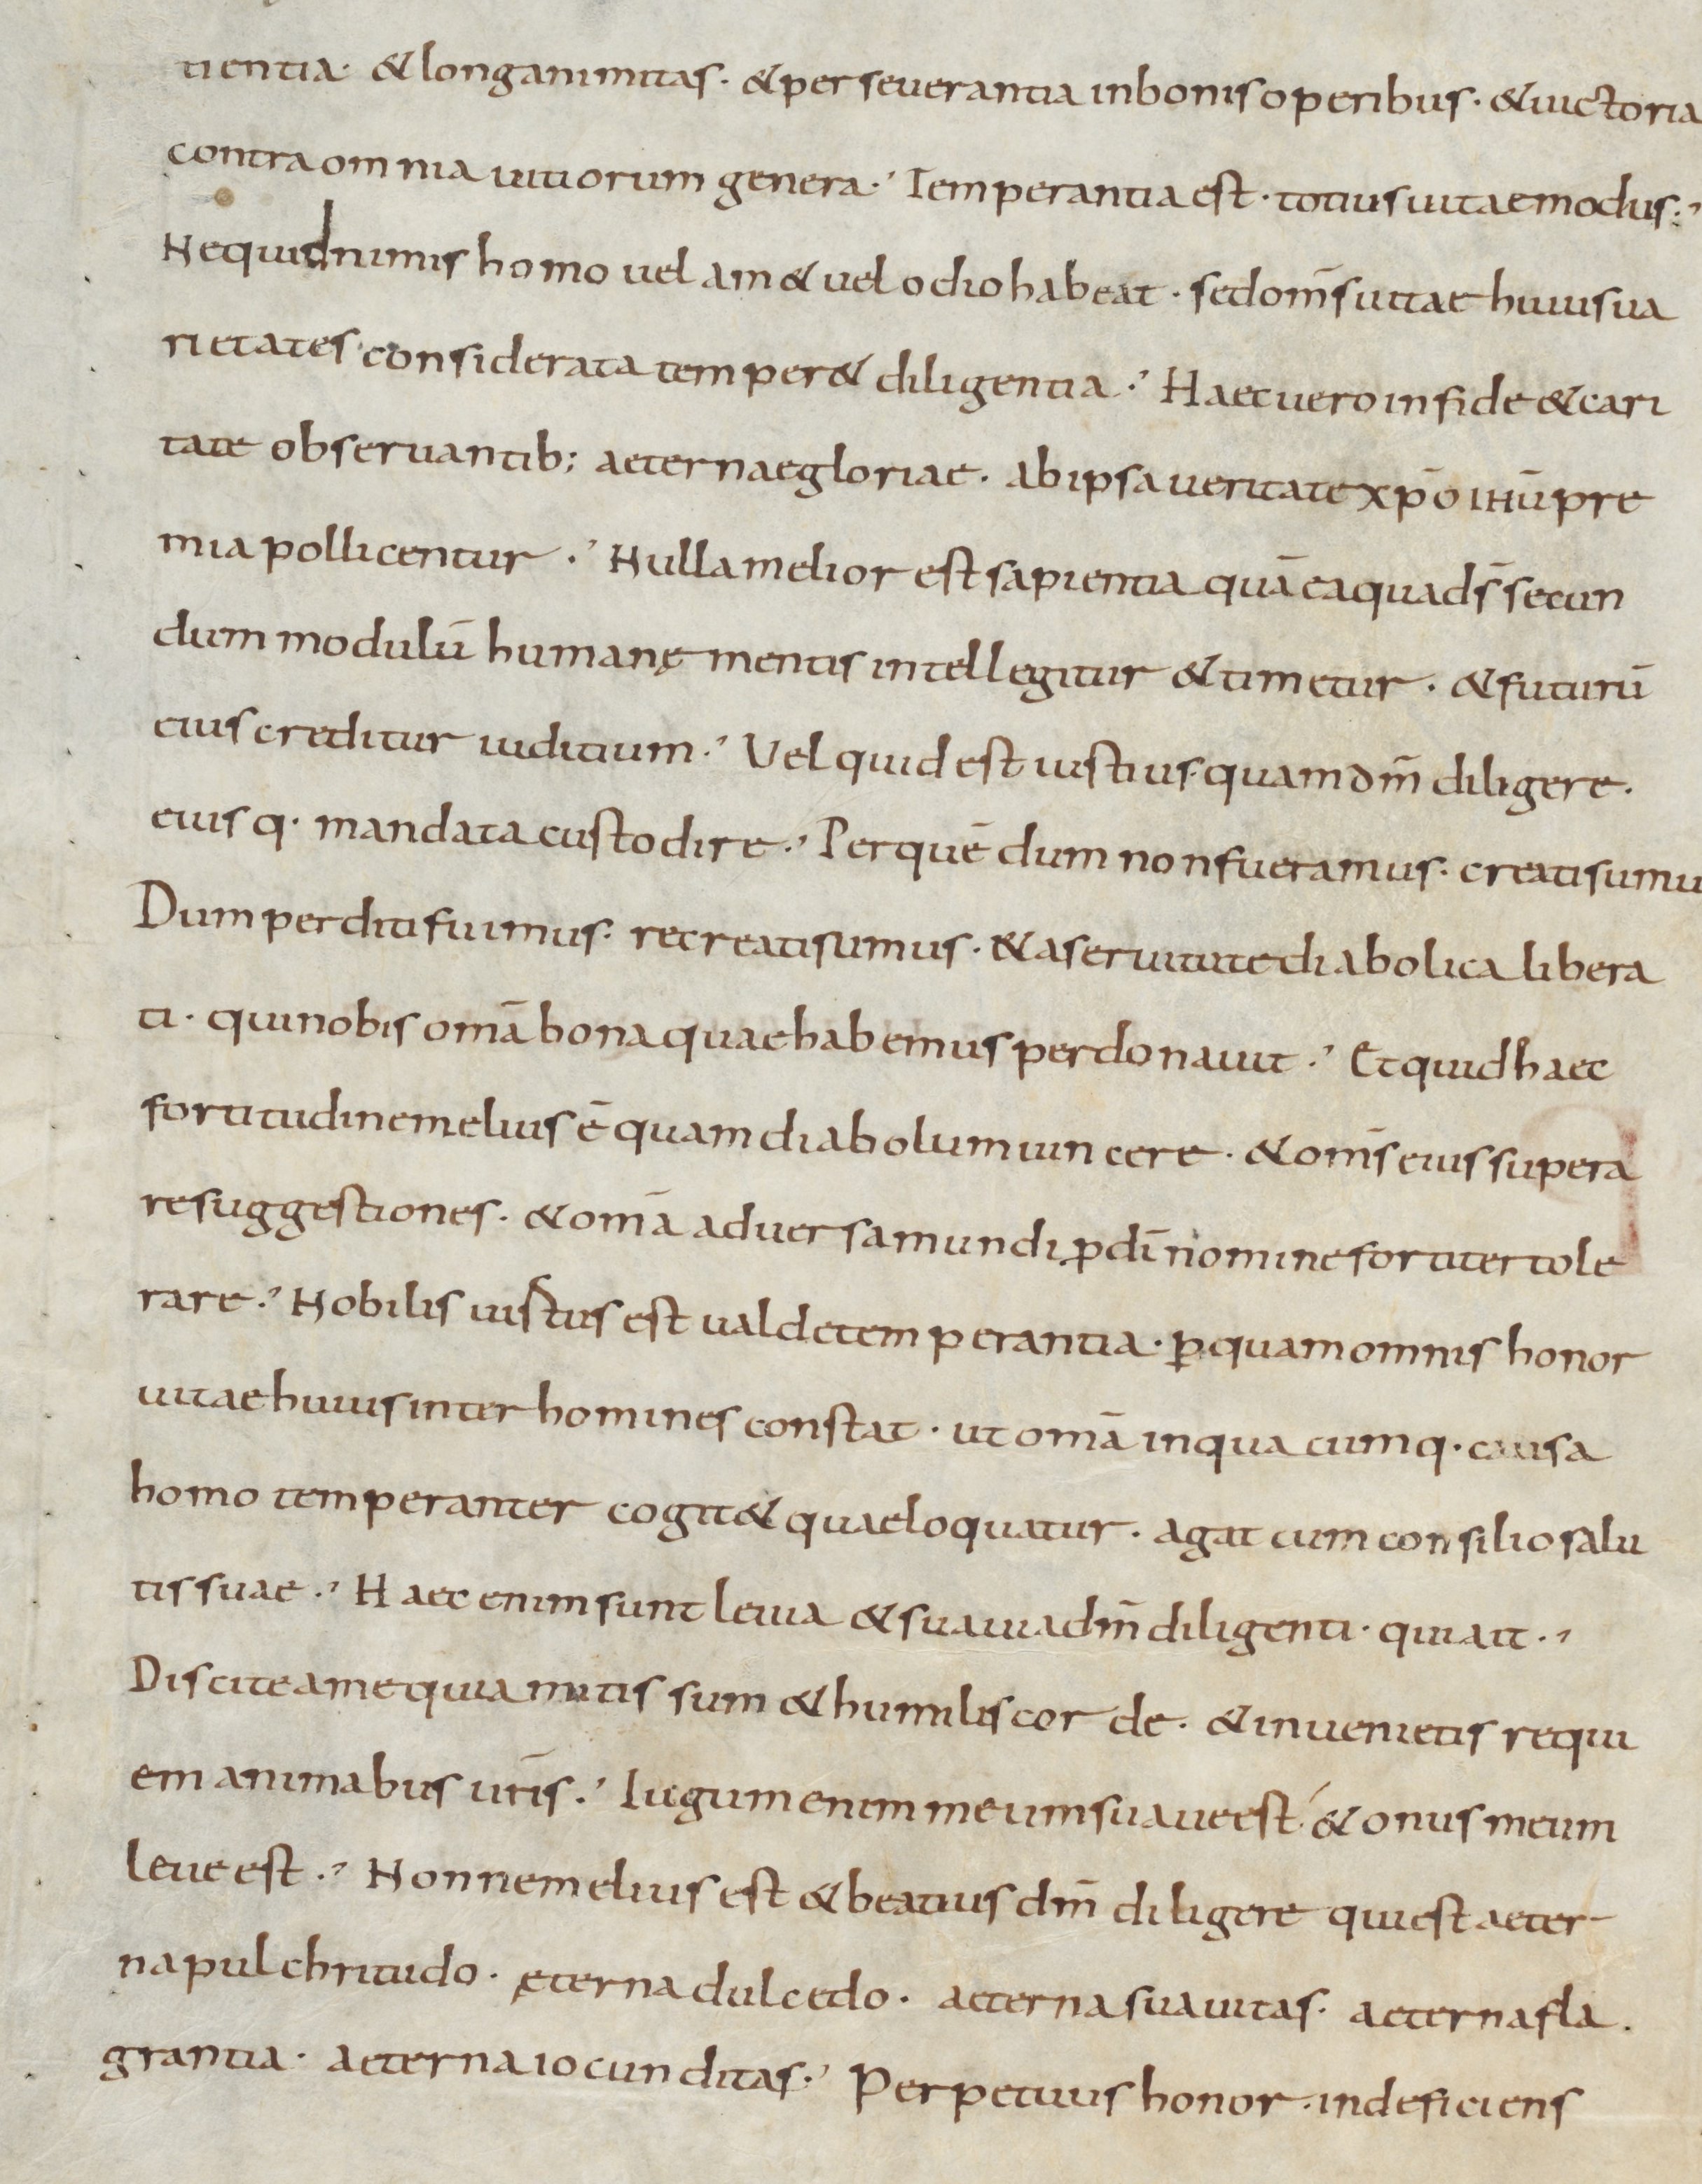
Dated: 900–999